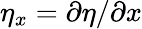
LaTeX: \eta_{x}=\partial{\eta}/\partial x